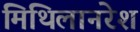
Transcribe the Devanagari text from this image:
मिथिलानरेश